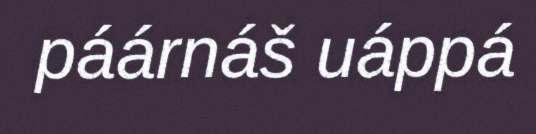
páárnáš uáppá